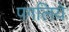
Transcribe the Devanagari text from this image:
पगलिये